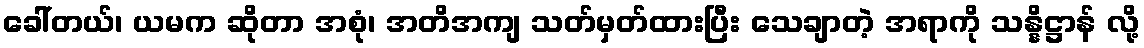
ခေါ်တယ်၊ ယမက ဆိုတာ အစုံ၊ အတိအကျ သတ်မှတ်ထားပြီး သေချာတဲ့ အရာကို သန္နိဋ္ဌာန် လို့